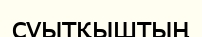
суытқыштың